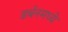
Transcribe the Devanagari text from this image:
डर्बनमध्ये